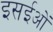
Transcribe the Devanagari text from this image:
इसईओं